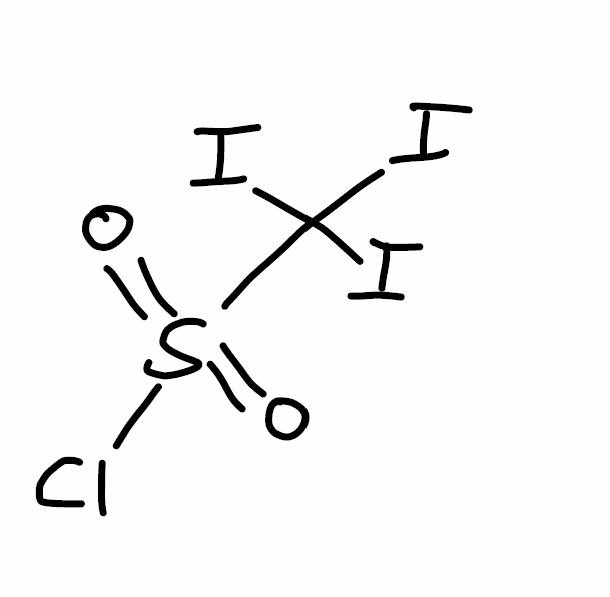
Simplified molecular-input line-entry system (SMILES) notation of the given molecule:
C(S(=O)(=O)Cl)(I)(I)I